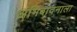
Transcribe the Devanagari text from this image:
अभिवादनाला